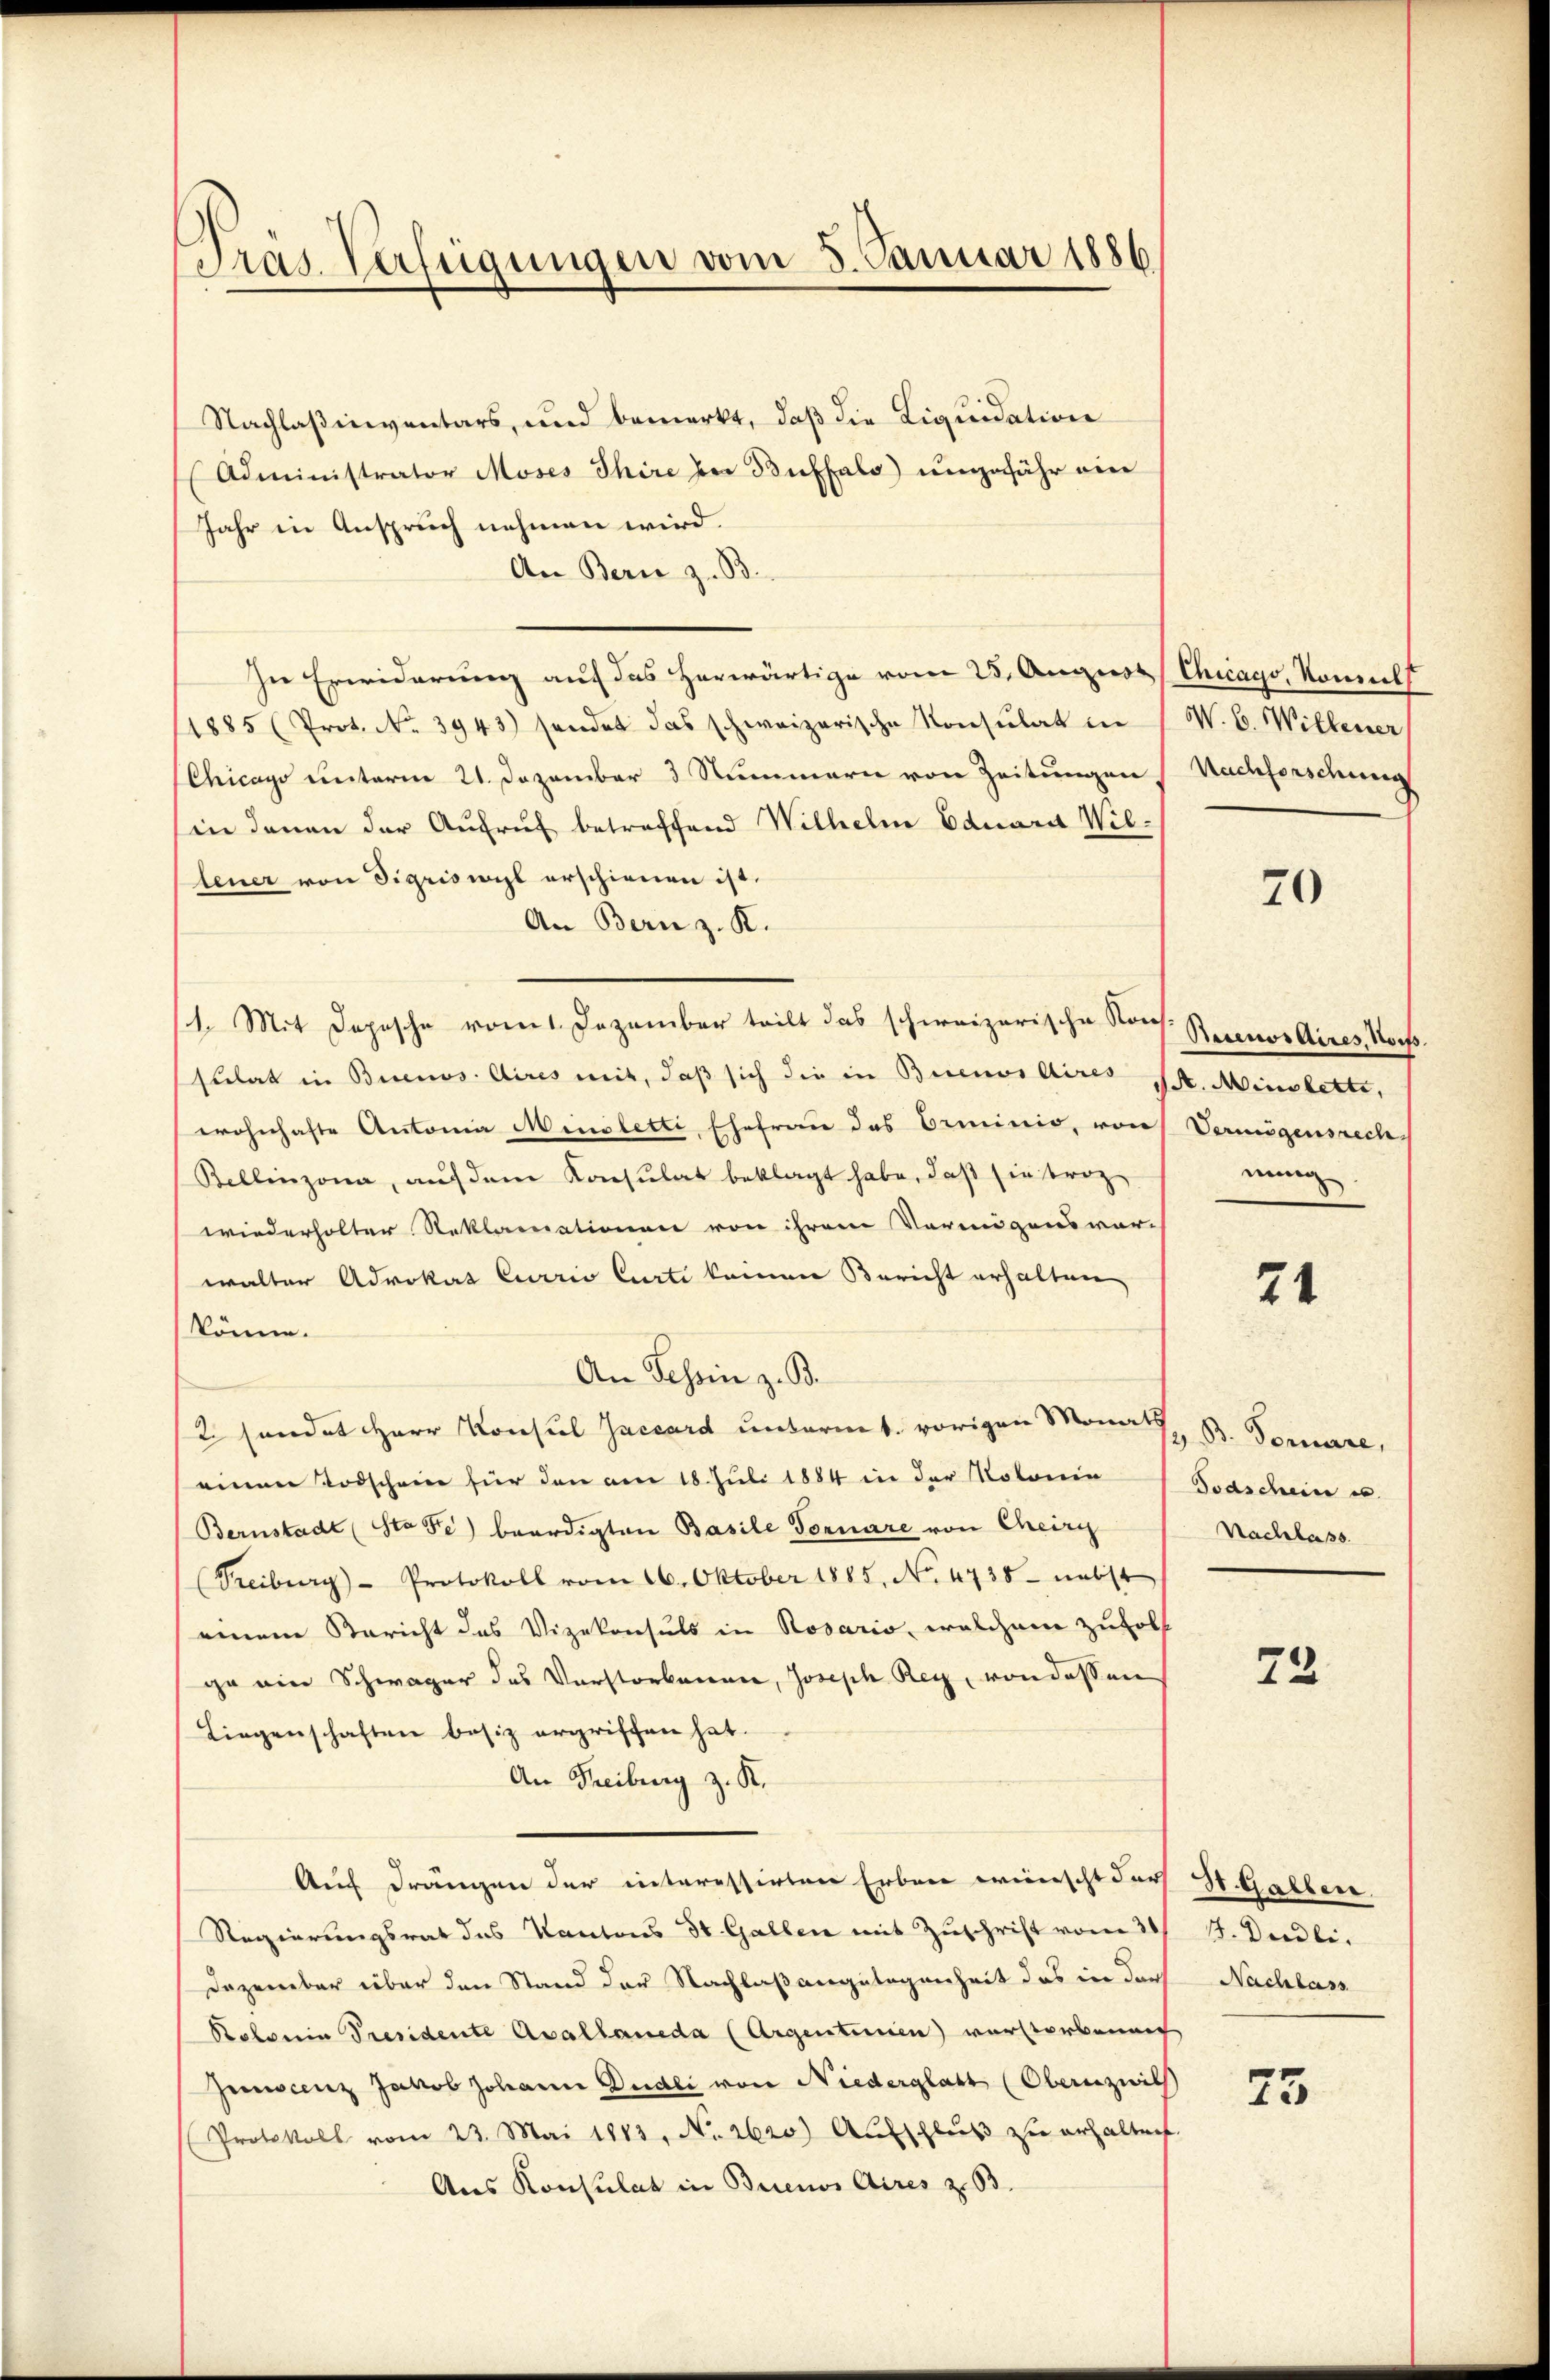
Tras Verfügungen vom 8. Januar 1886

Nachlaßinventars, und bemerkt, daß die Liquidation
Administrator Moses Thire der Buffalo) ungefähr ein
Jahr in Anspruch nehmen wird.
An Bern z. B.
In Erwiderung auf das herwärtige vom 25. August Chicago, Nomils
1885 (Prot. No. 3943) sendet das schweizerische Konsulat in W. C. Willener,
Chicago unterm 21. Dezember 3 Nummern von Zeitungen Nachforschung
in denen der Aufruf betreffend Wilhelm Eduara Wilfeuer von Sigriswyl erschienen ist.
An Bern z. K.
/4. Mit Depesche vom 1. Dezember teilt das schweizerische Kons. Rector Aires, Korfssulat in Buenos Aires mit, daß sich die in Buenos Aires St. Minstetti,
wohnhafte Antonia Minoletti, Ehefrau das Orminio, von Vermögensrech
Bellinzona, auf dem Konsulat beklagt habe, daß sie trez
wiederholter Reklamationen von ihrem Vermögensvor-
walter Advokat Curris Curti keinen Bericht erhalten
könne.
An Tessin z. B.
2 sendet Herr Konsul Jaccard unternt. vorigen Monat, B. Vorare,
einen Todschein für den am 18. Juli 1884 in der Rotonie Todschein u.
Bernstadt (Sta Fe) beerdigten Basile Fornare von Cheirg
(Treiburg - Protokoll vom 16. Oktober 1885, No. 4738 nebst
einem Bericht das Vizekonsuls in Rosario, welchem zuholf
ge ein Schwager des Vorstorbenen, Joseph Rey, von dessen
Liegenschaften besiz ergriffen hat.
An Freiburg z. K.
Auf drängen der interessirten Erbene wünscht der St. Gallen.
Regierungsrat des Kantons St. Gallen mit Zuschrift vom 31 J. Diedli
Dazenbar über den Stand der Nachlaßangelegenheit das in der Nachlass
Polonia Presidente Avallaueda (Argenturien) verstorbenen
Juncenz Jakob Johann Dudli von Niederglatt (Obern zwil
Protokoll vom 23. Mai 1883, No 2620) Aufschluß zu erhalten.
Aus Konsulat in Buenos Aires z. 63.

70

nung

21

Nachlass

72

23